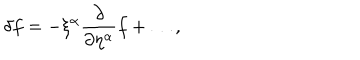
\delta f = - \xi ^ { \alpha } \frac { \partial } { \partial \eta ^ { \alpha } } f + \ldots ,